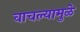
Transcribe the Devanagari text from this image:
वाचल्यामुळे